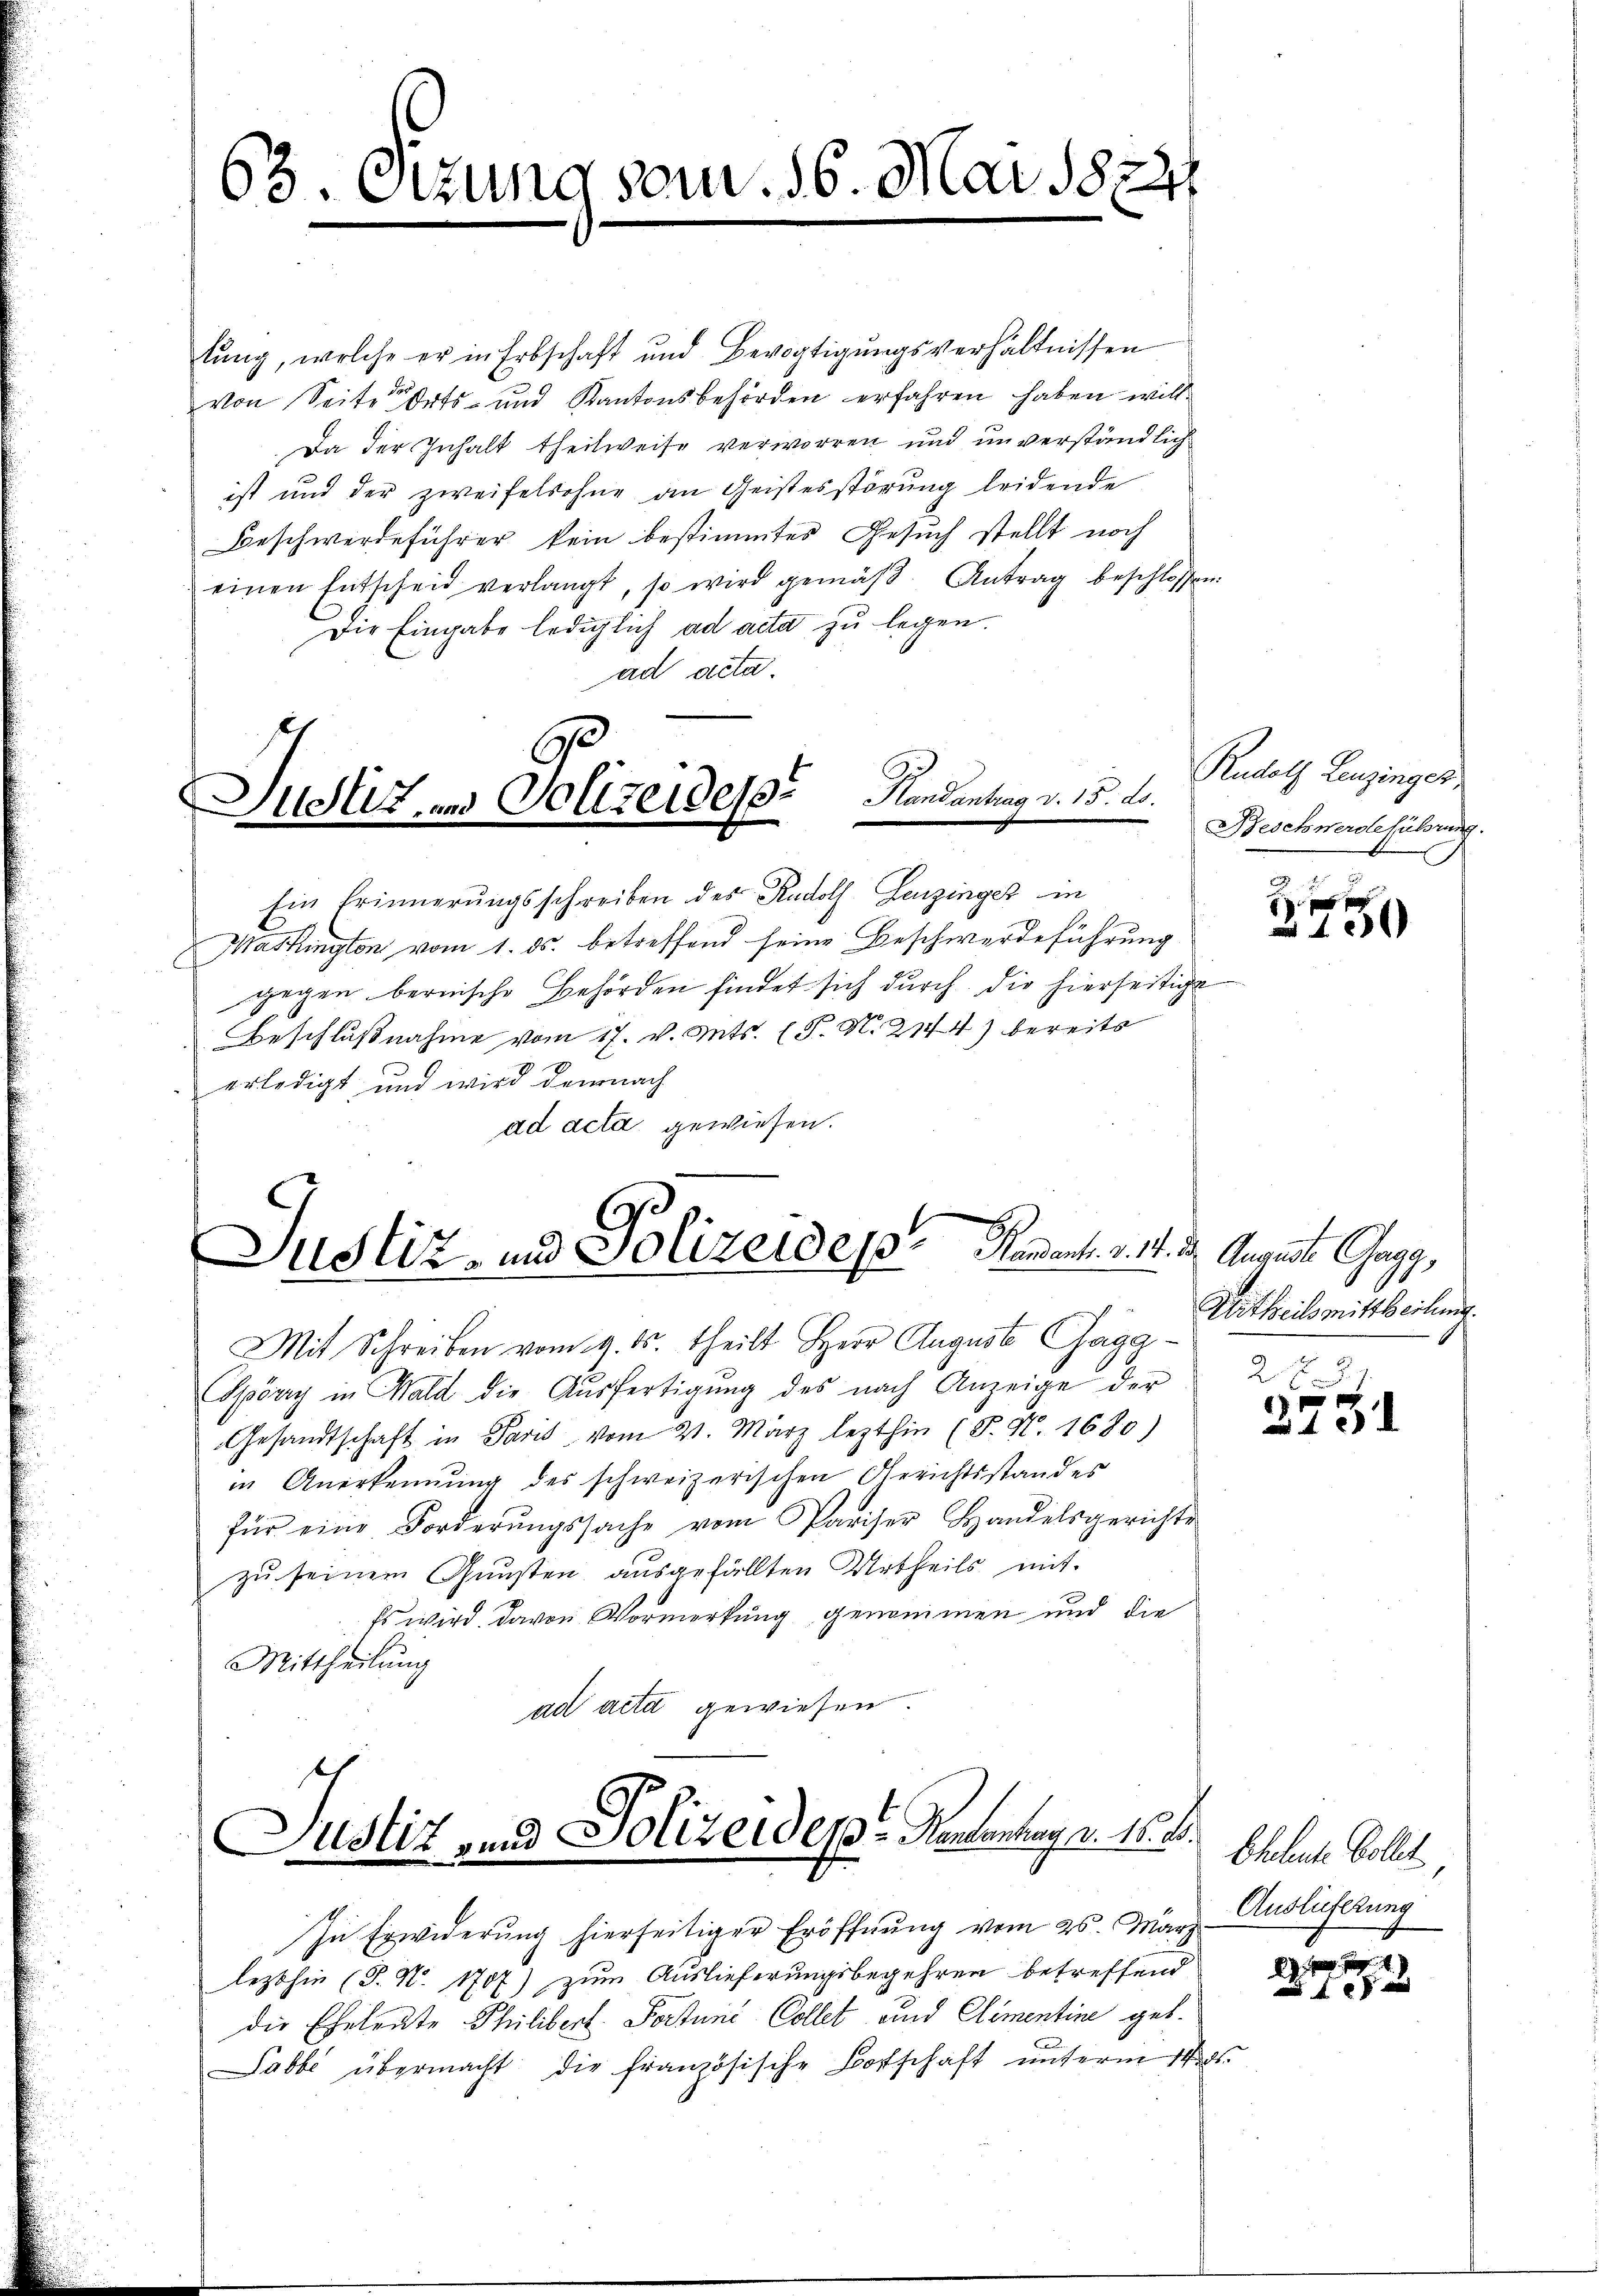
63. Sizung vom 16. Mai 1874.

lung, welche er in Erbschaft und Bevogtigungsverhältnissen
von Seiter Orts- und Kantonsbehörden erfahren haben will¬
Da der Inhalt theilweise verworren und unverständlich
ist und der zweifelsohne an Geistesstörung leidende
Beschwerdeführer kein bestimmtes Gesuch stellt noch
einen Entscheid verlangt, so wird gemäβ Antrag beschlossen:
Die Eingabe lediglich ad acta zu legen.
ad acta.
Handantrag v. 15. ds.
Justiz und Polizeides

Justiz- und Polizeides Handent. v. 14. d. August Cagg,

Ein Erinnerungsschreiben des Rudolf Genzinger in
Mashington vom 1. ds. betreffend seine Beschwerdeführung
gegen bernische Behörden findet sich durch die hierseitige
Beschlußnahme vom 17. v. Mts. (T. N. 2144) bereits
erledigt und wird demnach
ad acta gewiesen.

Mit Schreiben vom 9. ds. theilt Herr August Gagg¬
Spörri in Wald die Aŭsfertigŭng des nach Anzeige der
Gesandtschaft in Paris vom 21. März lezthin (S. N. 1680)
in Anerkennung des schweizerischen Gerichtsstandes
für eine Forderŭngssache vom Pariser Handelsgerichte
zu seinem Gunsten, ausgefällten Urtheils mit
Es wird davon Vormerkung genommen und die
Mittheilung
ad acta gewiesen.

Justiz- und Polizeides Handanhay d. 15. d.

In Erwiderung hierseitiger Eröffnung vom 25. März Auslieferung
lezthin (S. N. 1707) zum Auslieferungsbegehren betreffend
die Eheleute Philibert Portune Collet und Clementine geb.
Sabbe übermacht die französische Botschaft unterm 11tens

Rudolf Lanzinges
Beschwerdeführung.

d
1

Urtheils mittheilung.

273
1 x
10

Eheleute Collet

G. . . .
 f 0 x